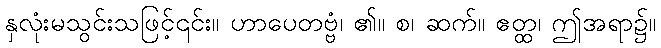
နှလုံးမသွင်းသဖြင့်၎င်း။ ဟာပေတဗ္ဗံ၊ ၏။ စ၊ ဆက်။ ဧတ္ထ၊ ဤအရာ၌။